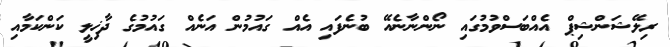
ރިލޭޝަންޝިޕް އެެއްބަސްވުމުގައި ނޯންނާނެއޭ ބުނެފައި އެއް ގައުމުން އަނެއް ގައުމުގެ ދާޚިލީ ކަންކަމާއި